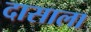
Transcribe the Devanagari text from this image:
दासाला